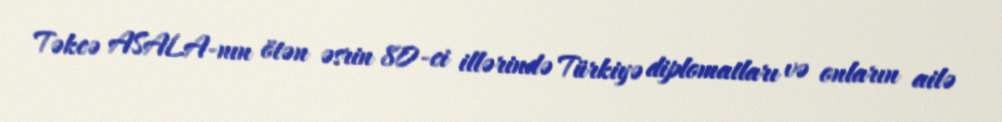
Təkcə ASALA-nın ötən əsrin 80-ci illərində Türkiyə diplomatları və onların ailə